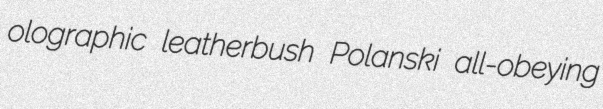
olographic leatherbush Polanski all-obeying